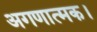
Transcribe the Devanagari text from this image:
अगणात्मक।